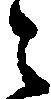
々